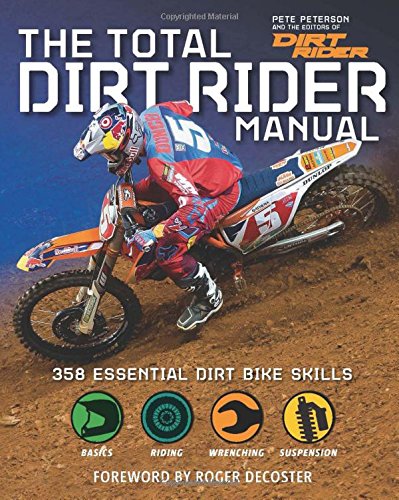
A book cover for The Total Dirt Rider Manual (Dirt Rider): 358 Essential Dirt Bike Skills; Pete Peterson; Engineering & Transportation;